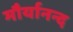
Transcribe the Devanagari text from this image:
मौर्यानन्द